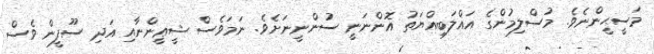
މަސީޙީންނެވެ. މުސްލިމުންގެ އަޣްލަބިއްޔަތު އޮންނަނީ ސުންނީނަށެވެ. ނަމަވެސް ޝީޢީންނާއި އަދި ސޫފީން ވެސް